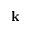
\mathbf { k }